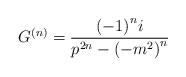
LaTeX: \begin{align*}G^{\left( n \right)} = \frac { {\left( -1 \right)}^n i } { p^{2n}- {\left( -m^2 \right)}^n }\end{align*}